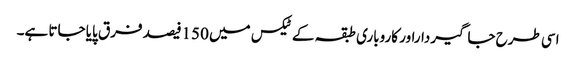
اسی طرح جاگیرداراور کاروباری طبقہ کے ٹیکس میں 150فیصد فرق پایا جاتا ہے۔